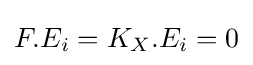
F.E_{i}=K_{X}.E_{i}=0